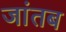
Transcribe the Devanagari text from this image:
जांतब